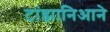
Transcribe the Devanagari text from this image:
टांझानिआने